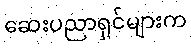
ဆေးပညာရှင်များက